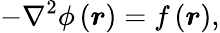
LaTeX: -\nabla^{2}\phi\left(\boldsymbol{r}\right)=f\left(\boldsymbol{r}\right),